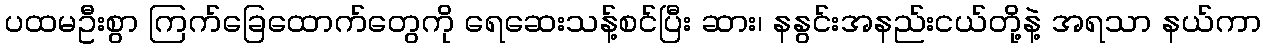
ပထမဦးစွာ ကြက်ခြေထောက်တွေကို ရေဆေးသန့်စင်ပြီး ဆား၊ နနွင်းအနည်းငယ်တို့နဲ့ အရသာ နယ်ကာ